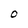
Character: O